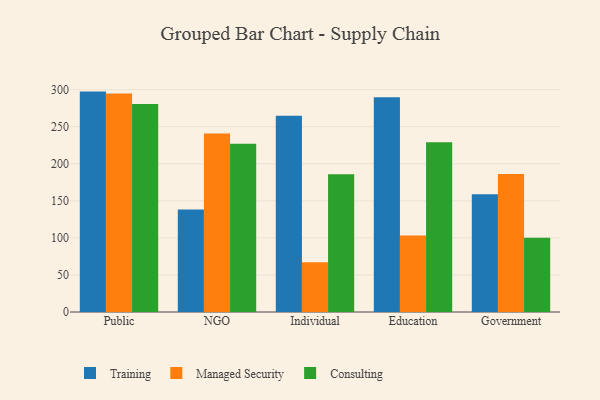
{"axis": {"x": "Segment", "y": "Population (Million)"}, "legend": ["Consulting", "Managed Security", "Training"], "data": [{"x": "Public", "y": 297.4, "type": "Training"}, {"x": "Public", "y": 295.0, "type": "Managed Security"}, {"x": "Public", "y": 280.7, "type": "Consulting"}, {"x": "NGO", "y": 138.4, "type": "Training"}, {"x": "NGO", "y": 241.0, "type": "Managed Security"}, {"x": "NGO", "y": 226.9, "type": "Consulting"}, {"x": "Individual", "y": 264.9, "type": "Training"}, {"x": "Individual", "y": 67.1, "type": "Managed Security"}, {"x": "Individual", "y": 186.0, "type": "Consulting"}, {"x": "Education", "y": 289.7, "type": "Training"}, {"x": "Education", "y": 103.1, "type": "Managed Security"}, {"x": "Education", "y": 229.2, "type": "Consulting"}, {"x": "Government", "y": 159.0, "type": "Training"}, {"x": "Government", "y": 186.2, "type": "Managed Security"}, {"x": "Government", "y": 100.2, "type": "Consulting"}]}